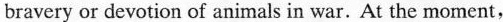
bravery or devotion of animals in war. At the moment,